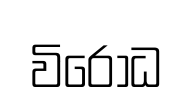
විරෝධ